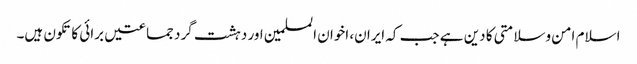
اسلام امن وسلامتی کا دین ہے جب کہ ایران، اخوان المسلمین اور دہشت گرد جماعتیں برائی کا تکون ہیں۔